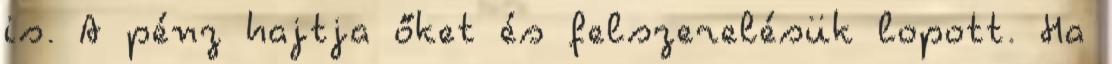
is. A pénz hajtja őket és felszerelésük lopott. Ha